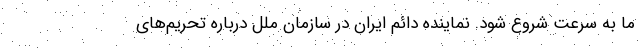
ما به سرعت شروع شود. نماینده دائم ایران در سازمان ملل درباره تحریم‌های